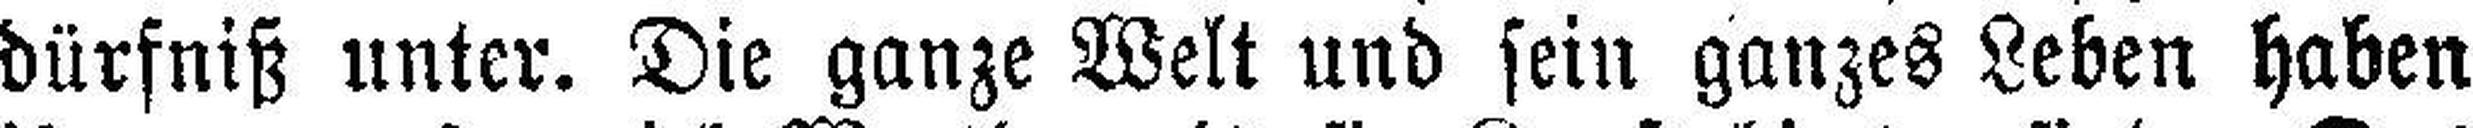
dürfniß unter. Die ganze Welt und sein ganzes Leben haben